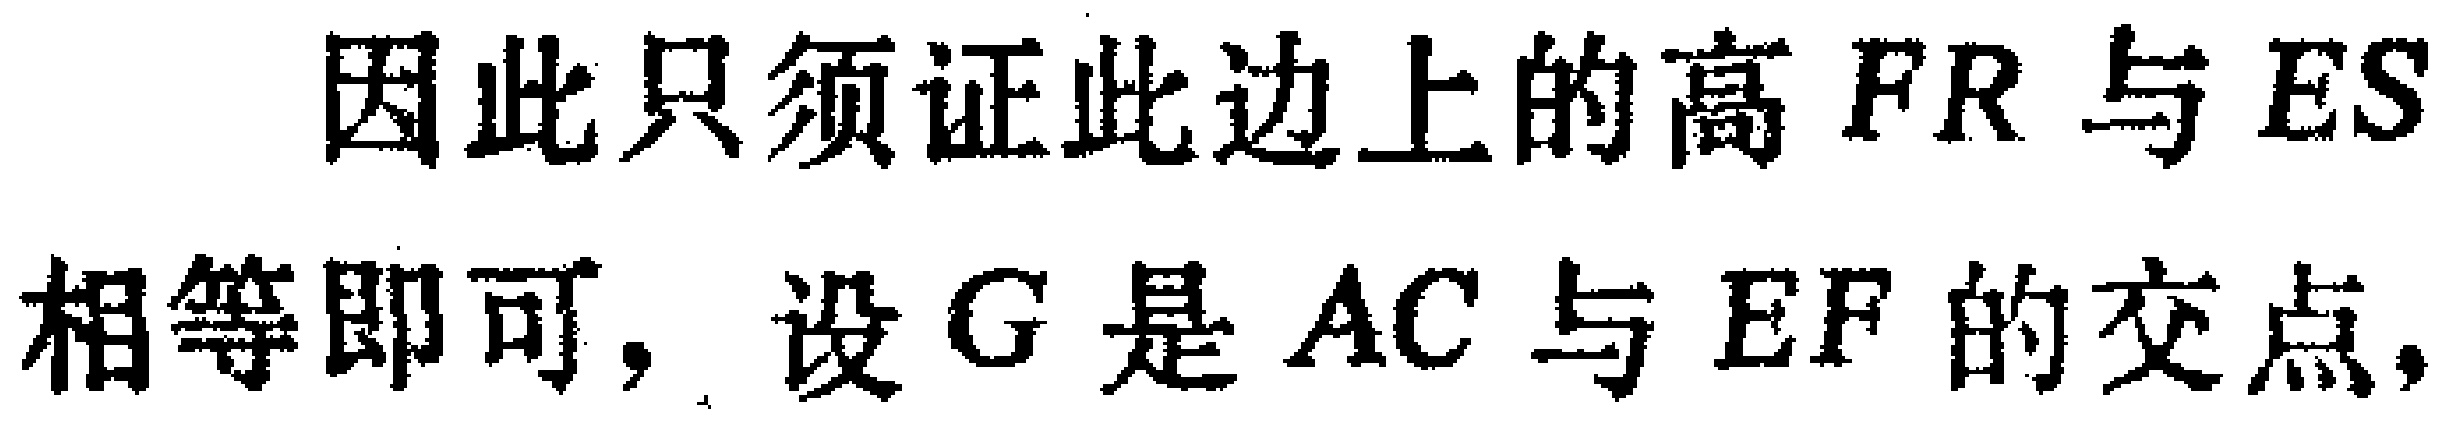
因此只须证此边上的高 \(FR\) 与 \(ES\) 相等即可，设 \(G\) 是 \(AC\) 与 \(EF\) 的交点，